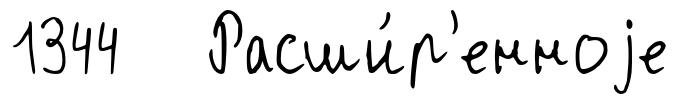
1344 Расши́р'енноjе